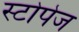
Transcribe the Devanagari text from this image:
स्टोपेज